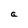
Character: a